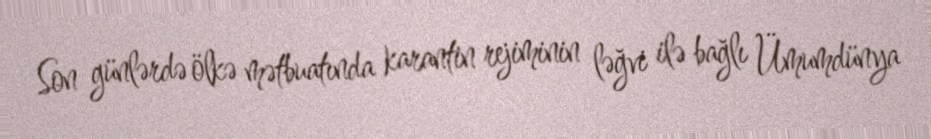
Son günlərdə ölkə mətbuatında karantin rejiminin ləğvi ilə bağlı Ümumdünya